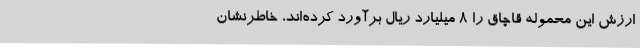
ارزش این محموله قاچاق را 8 میلیارد ریال برآورد کرده‌اند، خاطرنشان